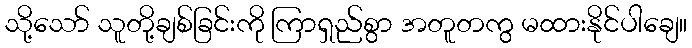
သို့သော် သူတို့ချစ်ခြင်းကို ကြာရှည်စွာ အတူတကွ မထားနိုင်ပါချေ။